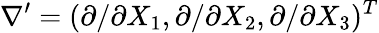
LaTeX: \nabla^{\prime}=(\partial/\partial X_{1},\partial/\partial X_{2},\partial/\partial X_{3})^{T}